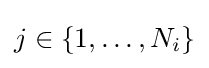
j\in \{1,\dots ,N_{i}\}